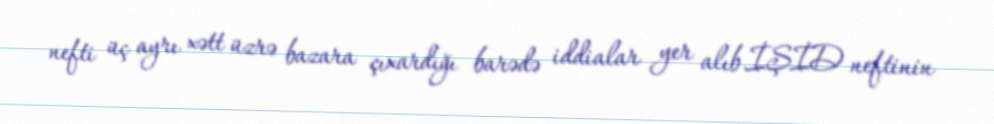
nefti üç ayrı xətt üzrə bazara çıxardığı barədə iddialar yer alıb.İŞİD neftinin